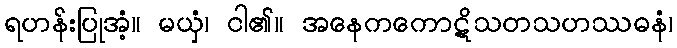
ရဟန်းပြုအံ့။ မယှံ၊ ငါ၏။ အနေကကောဋိသတသဟဿဓနံ၊